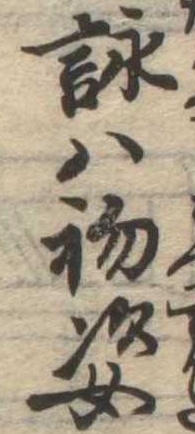
詠は初姿